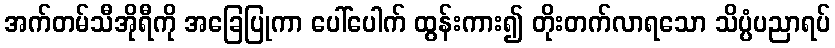
အက်တမ်သီအိုရီကို အခြေပြုကာ ပေါ်ပေါက် ထွန်းကား၍ တိုးတက်လာရသော သိပ္ပံပညာရပ်